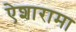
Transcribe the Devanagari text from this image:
ऐशारामा